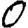
Digit: 0